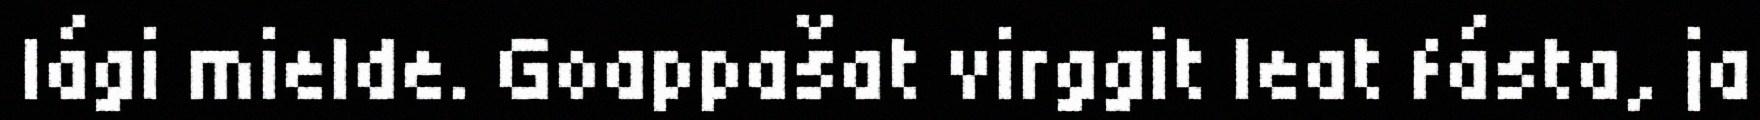
lági mielde. Goappašat virggit leat fásta, ja